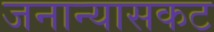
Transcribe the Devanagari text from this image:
जनान्यासकट